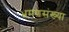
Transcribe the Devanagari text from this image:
भ्रमणसंख्या